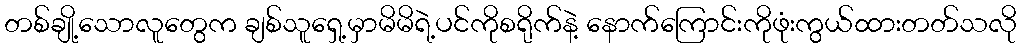
တစ်ချို့သောလူတွေက ချစ်သူရှေ့မှာမိမိရဲ့ပင်ကိုစရိုက်နဲ့ နောက်ကြောင်းကိုဖုံးကွယ်ထားတတ်သလို